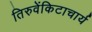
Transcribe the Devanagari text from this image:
तिरुवेंकिटाचार्य